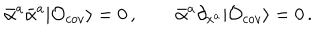
LaTeX: \bar { \alpha } ^ { a } \bar { \alpha } ^ { a } | { \cal O } _ { c o v } \rangle = 0 \, , \qquad \bar { \alpha } ^ { a } \partial _ { x ^ { a } } | { \cal O } _ { c o v } \rangle = 0 \, .